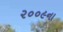
૨૦૦૯ના